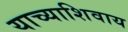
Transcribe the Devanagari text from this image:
याच्याशिवाय